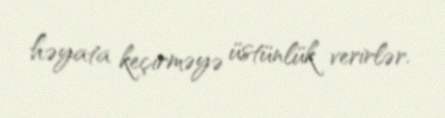
həyata keçirməyə üstünlük verirlər.